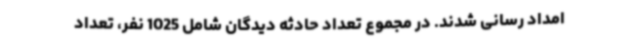
امداد رسانی شدند. در مجموع تعداد حادثه دیدگان شامل 1025 نفر، تعداد